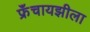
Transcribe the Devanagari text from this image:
फ्रॅंचायझीला